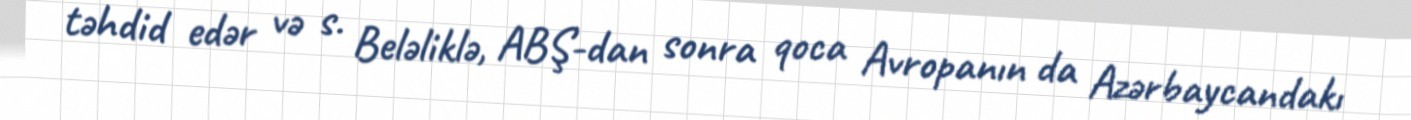
təhdid edər və s. Beləliklə, ABŞ-dan sonra qoca Avropanın da Azərbaycandakı